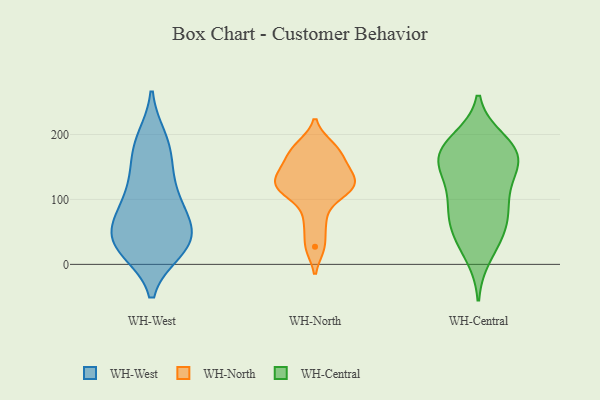
{"axis": {"x": "Active Users", "y": "Value"}, "legend": ["WH-Central", "WH-North", "WH-West"], "data": [{"x": "", "y": 99, "type": "WH-West"}, {"x": "", "y": 29, "type": "WH-West"}, {"x": "", "y": 55, "type": "WH-West"}, {"x": "", "y": 71, "type": "WH-West"}, {"x": "", "y": 145, "type": "WH-West"}, {"x": "", "y": 22, "type": "WH-West"}, {"x": "", "y": 95, "type": "WH-West"}, {"x": "", "y": 188, "type": "WH-West"}, {"x": "", "y": 25, "type": "WH-West"}, {"x": "", "y": 170, "type": "WH-West"}, {"x": "", "y": 72, "type": "WH-West"}, {"x": "", "y": 27, "type": "WH-West"}, {"x": "", "y": 40, "type": "WH-West"}, {"x": "", "y": 41, "type": "WH-West"}, {"x": "", "y": 124, "type": "WH-West"}, {"x": "", "y": 193, "type": "WH-West"}, {"x": "", "y": 133, "type": "WH-North"}, {"x": "", "y": 67, "type": "WH-North"}, {"x": "", "y": 113, "type": "WH-North"}, {"x": "", "y": 174, "type": "WH-North"}, {"x": "", "y": 182, "type": "WH-North"}, {"x": "", "y": 118, "type": "WH-North"}, {"x": "", "y": 113, "type": "WH-North"}, {"x": "", "y": 155, "type": "WH-North"}, {"x": "", "y": 27, "type": "WH-North"}, {"x": "", "y": 140, "type": "WH-North"}, {"x": "", "y": 175, "type": "WH-Central"}, {"x": "", "y": 174, "type": "WH-Central"}, {"x": "", "y": 87, "type": "WH-Central"}, {"x": "", "y": 190, "type": "WH-Central"}, {"x": "", "y": 40, "type": "WH-Central"}, {"x": "", "y": 151, "type": "WH-Central"}, {"x": "", "y": 54, "type": "WH-Central"}, {"x": "", "y": 91, "type": "WH-Central"}, {"x": "", "y": 55, "type": "WH-Central"}, {"x": "", "y": 147, "type": "WH-Central"}, {"x": "", "y": 179, "type": "WH-Central"}, {"x": "", "y": 152, "type": "WH-Central"}, {"x": "", "y": 88, "type": "WH-Central"}, {"x": "", "y": 122, "type": "WH-Central"}, {"x": "", "y": 14, "type": "WH-Central"}, {"x": "", "y": 173, "type": "WH-Central"}]}